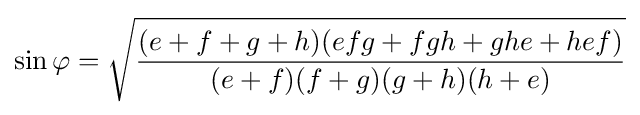
\sin {\varphi }={\sqrt {\frac {(e+f+g+h)(efg+fgh+ghe+hef)}{(e+f)(f+g)(g+h)(h+e)}}}